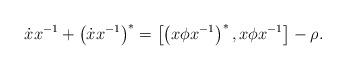
LaTeX: \begin{align*}\dot{x}x^{-1}+\left(\dot{x}x^{-1}\right)^*=\left[\left(x\phi x^{-1}\right)^*,x\phi x^{-1}\right]-\rho.\end{align*}